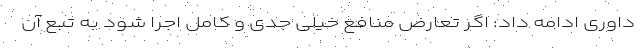
داوری ادامه داد: اگر تعارض منافع خیلی جدی و کامل اجرا شود به تبع آن